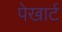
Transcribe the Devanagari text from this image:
पेखार्ट